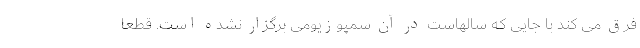
فرق می کند با جایی که سالهاست در آن سمپوزیومی برگزار نشده است. قطعا